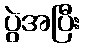
ပွဲအပြီး